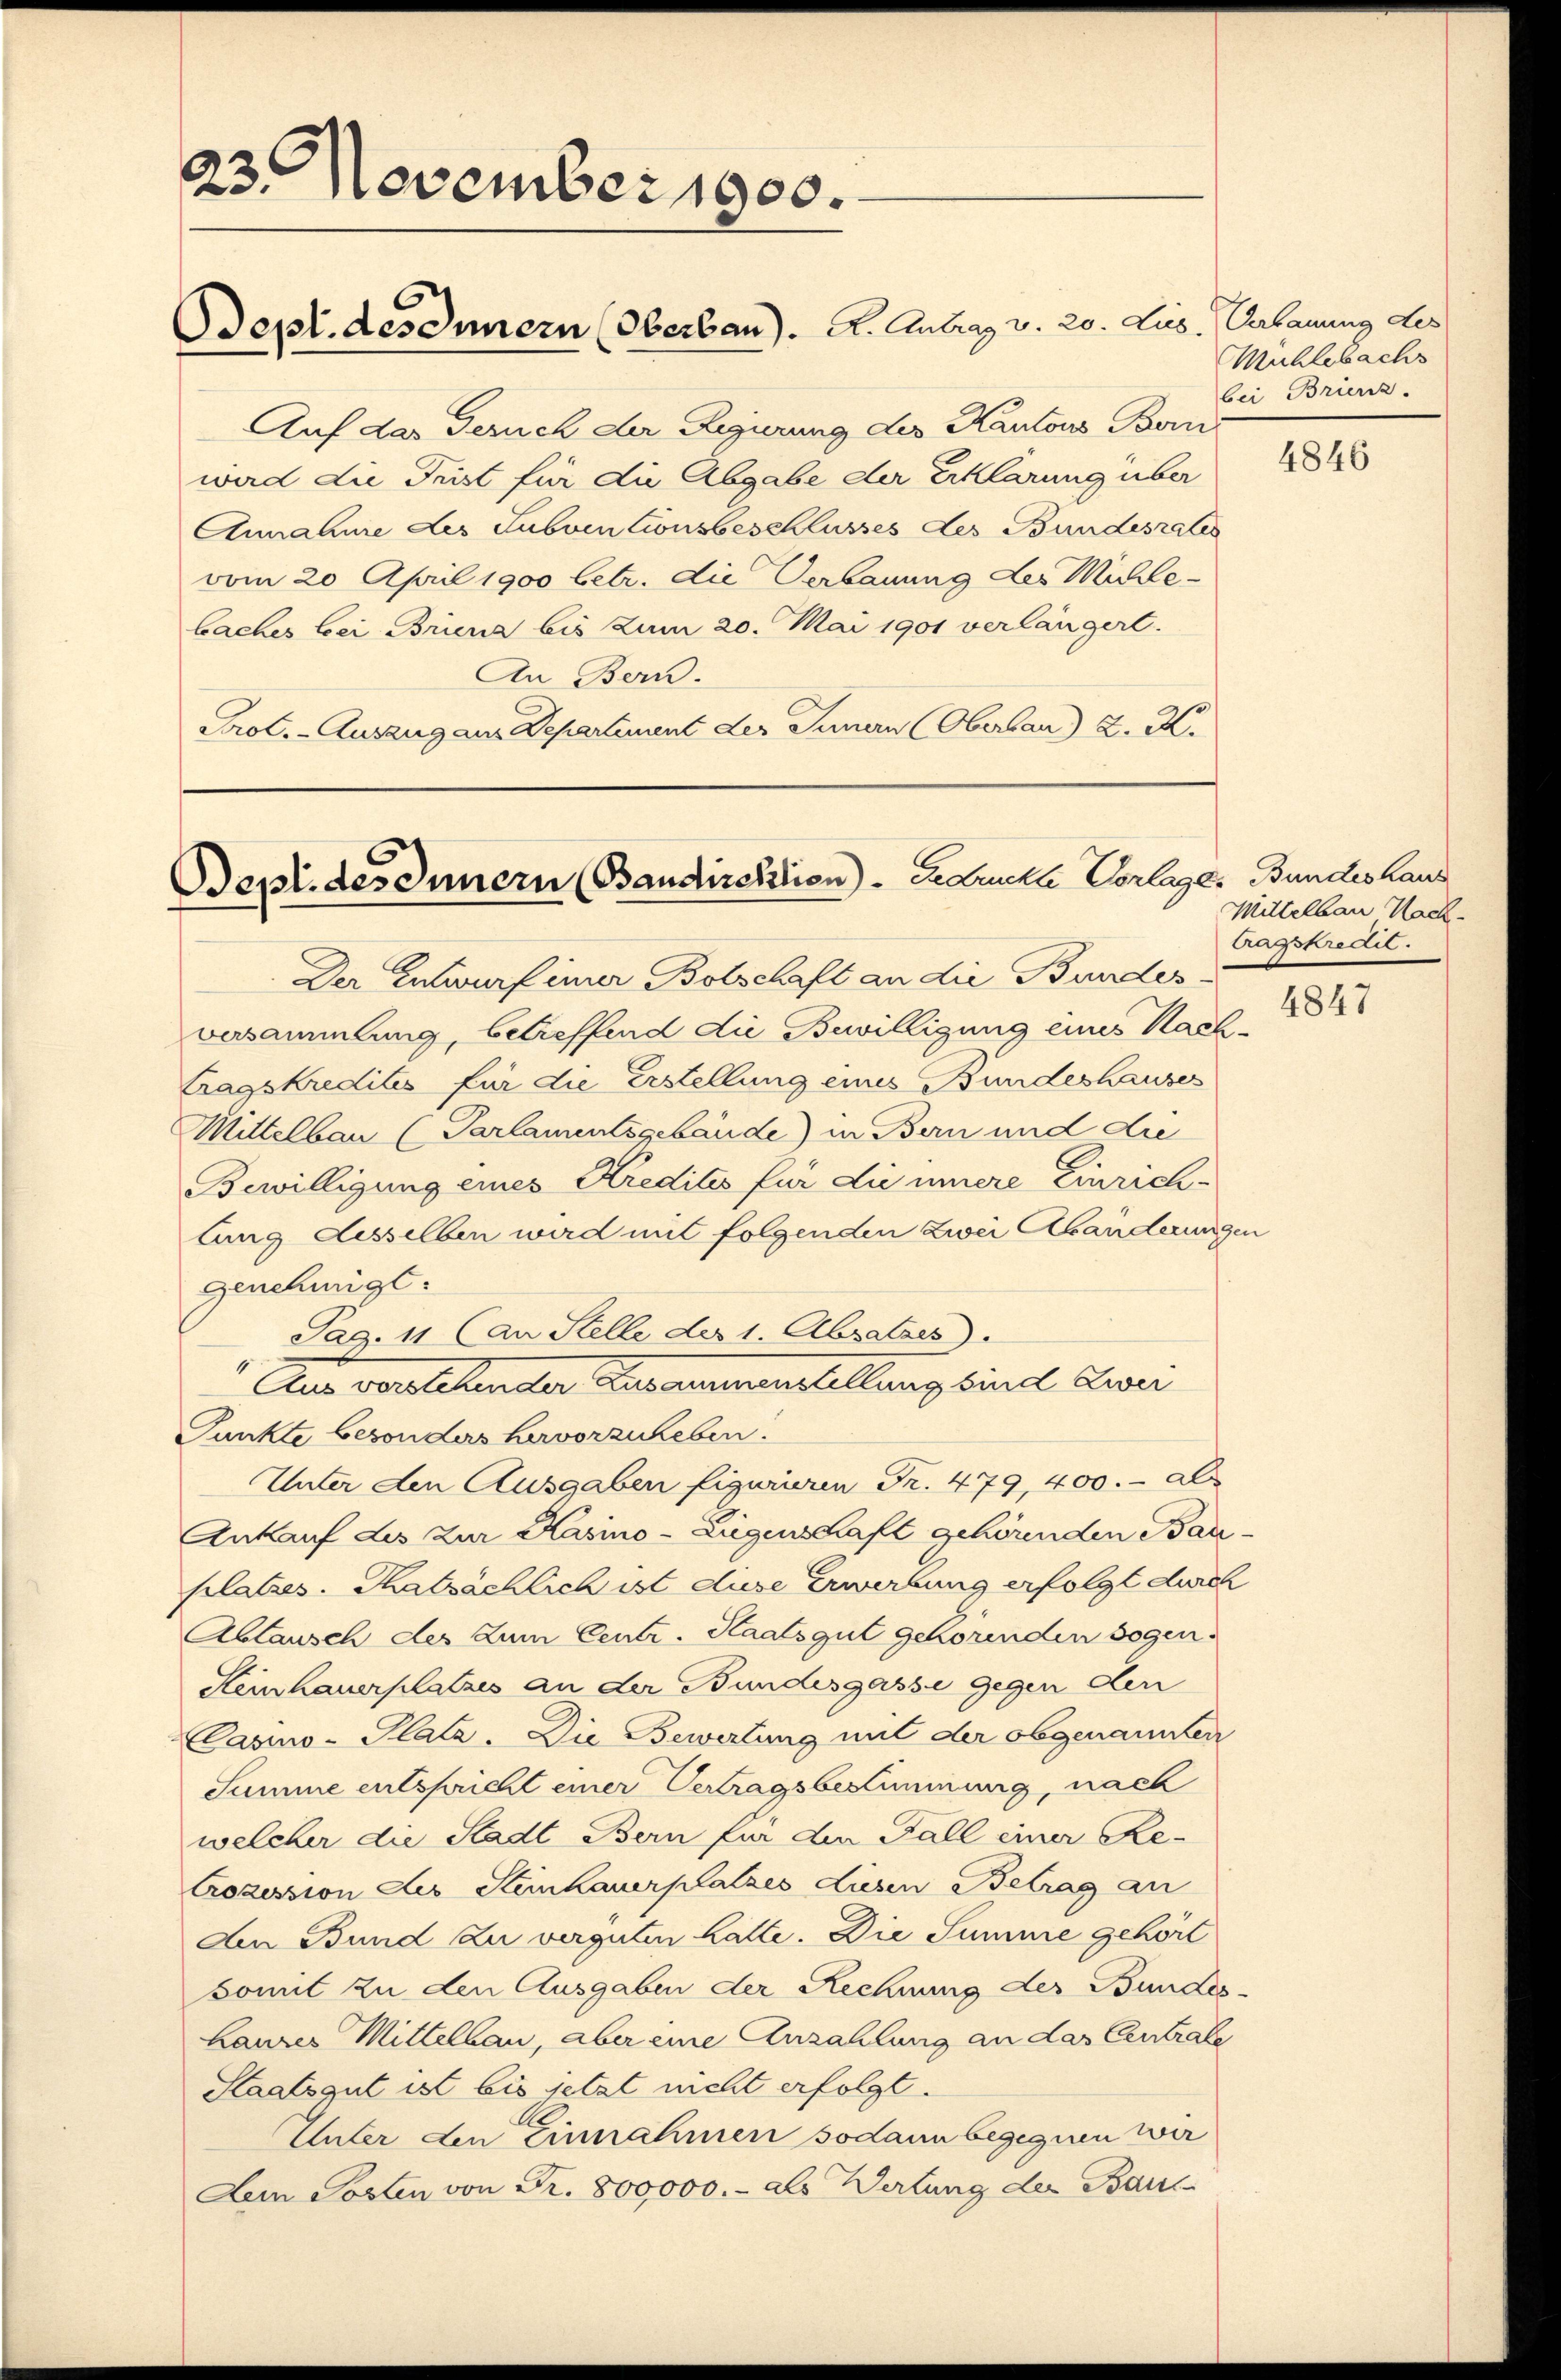
23. November 1900.

Sept. desonnern (Oberbau). A. Antrag v. 20. Lis. Verbauung des

Beplides Innern (Bandirektion) - Endruckte Vorlager Bundeshaus

Der Entwurf inner Botschaft an die Bundes-
vesammlung, betreffend die Bewilligung eines Nach-
tragskredites für die Erstellung eines Bundeshauses
Mittelbau (Parlamentsgebäude) in Bern und die
Bewilligung eines Kredites für die innere Einrich-
lung desselben wird mit folgenden Zwei Abänderungen
genehmigt.
Pag. 11 (an Stelle der 1. Absatzes)
 Aus vorstehenter Zusammenstellung sind der
Punkte besonders hervorzuheben.
Unter den Ausgaben figurieren Fr. 479, 400. a
Ankauf des zur Kasino-Liegenschaft gehörenden Bau
platzes. Thatsächlich ist diese Erwerbung erfolgt durch
Abtausch des zum Centr. Staatsgut gehörenden sogen.
Steinhauerplatzes an der Bundesgasse gegen den
CCasino-Platz. Die Bewertung mit der obgenannten
Summe entspricht einer Vertragsbestimmung, nach
welcher die Stadt Bern für den Fall einer Re-
Crozession des Steinhauerplatzes diesen Betrag an
An Bund zu verguten halte. Die Summe gehört
somit zu den Ausgaben der Rechnung der Bundes
Laurer Mittelbau, aber eine Anzahlung an das Centrale
Staatsgut ist bis jetzt nicht erfolgt.
Unter den Einnahmen sodann begegnen wir
Dem Posten von Fr. 800,000.- als Wertung der Baul

Auf das Geruch der Regierung des Kantons Bern
ward die Frist für die Abgabe der Erklärung über
Annahme des Subven Consbeschlusses des Bundesrates
vom 20. April 1900 betr. die Verbauung des Michlebaches bei Briena bis zum 20. Mai 1901 verlängert.
An Bern.
Prot. - Auszug aus Departement des Innern (Oberau) 2. X.

Mühlebachs
bei Brienz.

4846

Mittelbau Nach-
Aagskredit.

4847